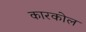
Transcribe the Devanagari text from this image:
कारकोल